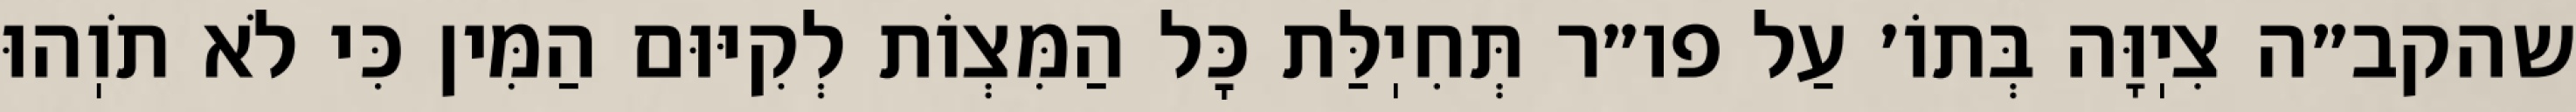
שהקב״ה צִיֽוָּה בְּתוֹ׳ עַל פו״ר תְּחִיֽלַּת כׇּל הַמִּצְוֹת לְקִיּוּם הַמִּין כִּי לֹא תֹוֽהוּ